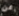
عن